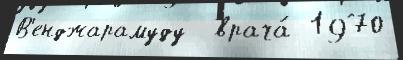
В'енджарамуду  врача́ 1970